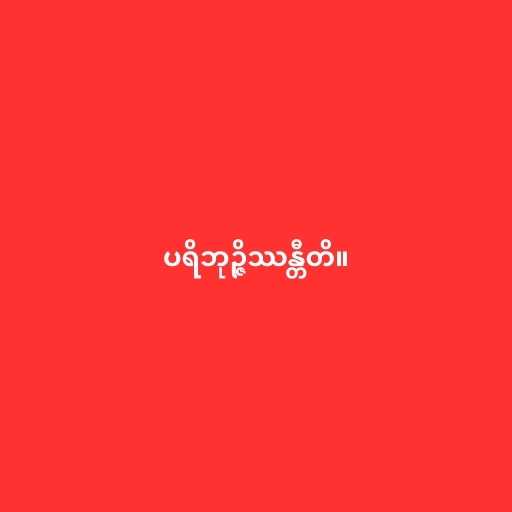
ပရိဘုဉ္ဇိဿန္တီတိ။